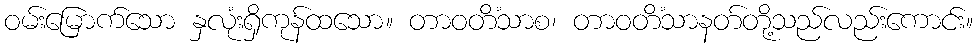
ဝမ်းမြောက်သော နှလုံးရှိကုန်ထသော။ တာဝတိံသာစ၊ တာဝတိံသာနတ်တို့သည်လည်းကောင်း။